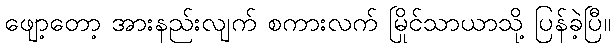
ဖျော့တော့ အားနည်းလျက် စကားလက် မြိုင်သာယာသို့ ပြန်ခဲ့ပြီ။